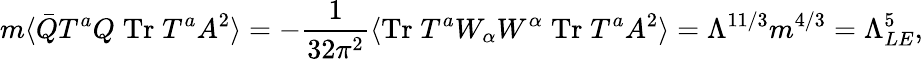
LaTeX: m\langle\bar{Q}T^{a}Q\; \mathrm{Tr}\; T^{a}A^{2}\rangle=-\frac{1}{32\pi^{2}}\langle\mathrm{Tr}\; T^{a}W_{\alpha}W^{\alpha}\; \mathrm{Tr}\; T^{a}A^{2}\rangle=\Lambda^{11/3}m^{4/3}=\Lambda_{LE}^{5},